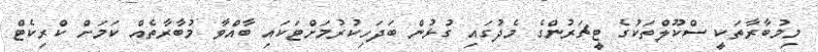
މިމުބާރާތަކީ ސްކޫލްތަކުގެ ޓީޗަރުންގެ މެދުގައި ގުޅުން ބަދަހިކުރުމަށްޓަކައި ބާއްވާ މުބާރާތެއް ކަމަށް ކްރިކެޓް